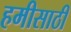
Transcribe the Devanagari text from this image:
हमीसाठी